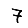
Digit: 7